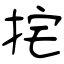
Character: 挓